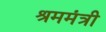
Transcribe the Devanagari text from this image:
श्रममंत्री